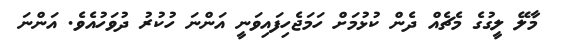
މާލޭ ލީގުގެ މެޗެއް ދެން ކުޅުމަށް ހަމަޖެހިފައިވަނީ އަންނަ ހުކުރު ދުވަހުއެވެ. އަންނަ